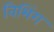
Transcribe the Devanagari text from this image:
विभिंग